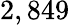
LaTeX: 2,849